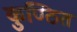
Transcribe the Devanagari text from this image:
कुण्ठित